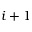
i + 1